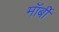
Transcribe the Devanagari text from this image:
मॉर्बी